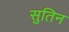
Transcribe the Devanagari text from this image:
सुतिन